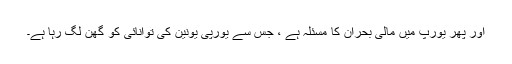
اور پھر یورپ میں مالی بحران کا مسئلہ ہے ، جس سے یورپی یونین کی توانائی کو گھن لگ رہا ہے۔